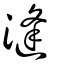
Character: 漨